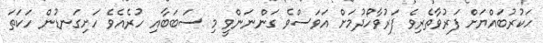
ހަކުރުބައްޔަށް ފަރުވާތެރިވެ ފަރުވާހޯދުމަށް އަވަސްވެ ގަންނަންވީ މި ސަބަބާއި ހުރެއެވެ ހަށިގަނޑުން ހަކަތަ